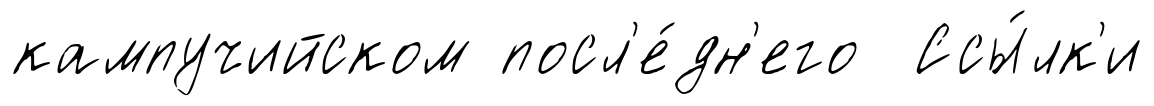
кампучийском посл'е́дн'его Ссы́лк'и